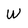
Character: W